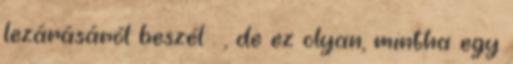
lezárásáról beszél . , de ez olyan, mintha egy